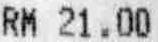
RM 21.00